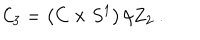
{ \cal C } _ { 3 } = \left( C \times S ^ { 1 } \right) / Z _ { 2 } \ .